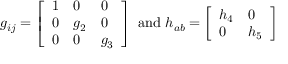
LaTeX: g _ { i j } = \left[ \begin{array} { l l l } { { 1 } } & { { 0 } } & { { 0 } } \\ { { 0 } } & { { g _ { 2 } } } & { { 0 } } \\ { { 0 } } & { { 0 } } & { { g _ { 3 } } } \end{array} \right] \mathrm { ~ a n d ~ } h _ { a b } = \left[ \begin{array} { l l } { { h _ { 4 } } } & { { 0 } } \\ { { 0 } } & { { h _ { 5 } } } \end{array} \right]